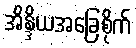
အိန္ဒိယအခြေစိုက်